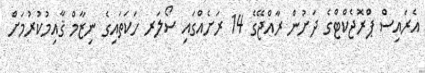
އެރައިސް ޕްރޮޖެކްޓްގެ ދަށުން ރާއްޖޭގެ 14 ރަށެއްގައި ސޯލަރ ހަކަތައިގެ ނިޒާމް ޤާއިމުކުރުމަށް